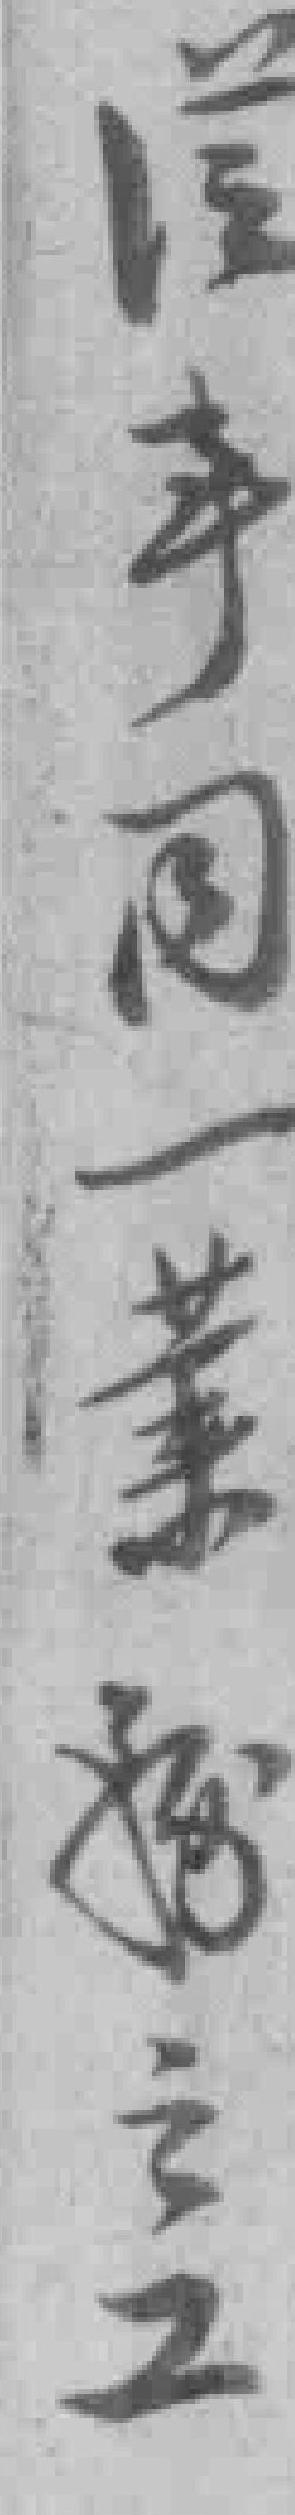
*事同一業*之工